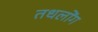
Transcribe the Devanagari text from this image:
तधलोंग